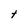
Character: t